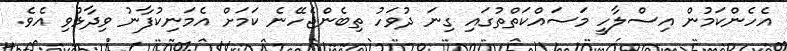
އެހެންކަމުން އިސްލާހީ މަސައްކަތްތުގައި ގިނަ ދުވަހު ތިބެންޖެހޭނެ ކަމަށް އެމަނިކުފާނު ވިދާޅުވި އެވެ.